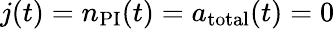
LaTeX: j(t)=n_{\mathrm{PI}}(t)=a_{\mathrm{total}}(t)=0